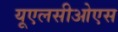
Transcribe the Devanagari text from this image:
यूएलसीओएस